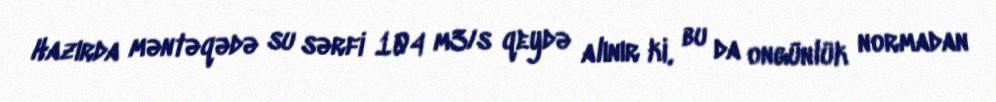
Hazırda məntəqədə su sərfi 104 m3/s qeydə alınır ki, bu da ongünlük normadan